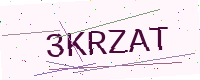
Text: 3KRZAT